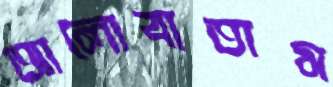
আলোবাতাস